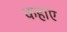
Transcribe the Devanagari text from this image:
कहाए